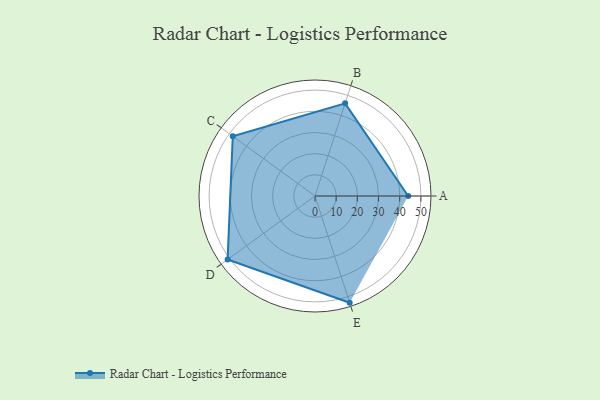
{"axis": {"x": "Skill", "y": "Score"}, "legend": ["Profile"], "data": [{"x": "A", "y": 44.0, "type": "Profile"}, {"x": "B", "y": 46.0, "type": "Profile"}, {"x": "C", "y": 48.0, "type": "Profile"}, {"x": "D", "y": 51.0, "type": "Profile"}, {"x": "E", "y": 53.0, "type": "Profile"}]}